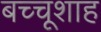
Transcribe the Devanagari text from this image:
बच्चूशाह